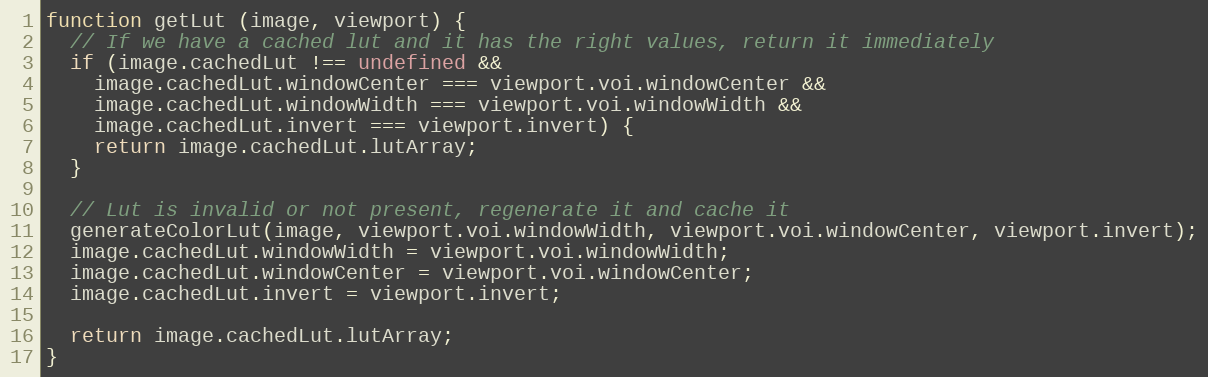
Language: JavaScript
function getLut (image, viewport) {
  // If we have a cached lut and it has the right values, return it immediately
  if (image.cachedLut !== undefined &&
    image.cachedLut.windowCenter === viewport.voi.windowCenter &&
    image.cachedLut.windowWidth === viewport.voi.windowWidth &&
    image.cachedLut.invert === viewport.invert) {
    return image.cachedLut.lutArray;
  }

  // Lut is invalid or not present, regenerate it and cache it
  generateColorLut(image, viewport.voi.windowWidth, viewport.voi.windowCenter, viewport.invert);
  image.cachedLut.windowWidth = viewport.voi.windowWidth;
  image.cachedLut.windowCenter = viewport.voi.windowCenter;
  image.cachedLut.invert = viewport.invert;

  return image.cachedLut.lutArray;
}